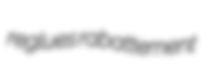
reglues rabattement